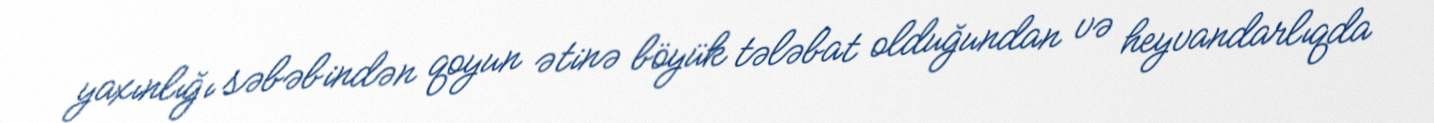
yaxınlığı səbəbindən qoyun ətinə böyük tələbat olduğundan və heyvandarlıqda